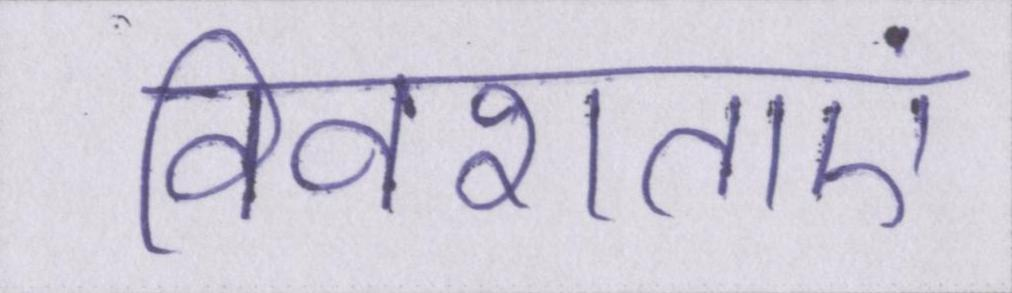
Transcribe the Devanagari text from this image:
विवशताएं